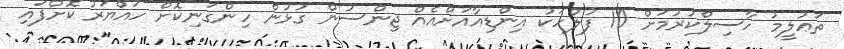
ތަޢުލީމު ހާސިލްކުރުމަށް 10 ފުލުހަކު އިންޑިއާއަށްއެއް ޖިންސުން ގުޅުން ހިންގަނިކޮށް ހައްޔަރު ކޮށްފައި